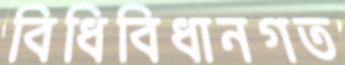
বিধিবিধানগত